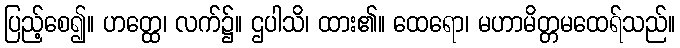
ပြည့်စေ၍။ ဟတ္ထေ၊ လက်၌။ ဌပါသိ၊ ထား၏။ ထေရော၊ မဟာမိတ္တမထေရ်သည်။